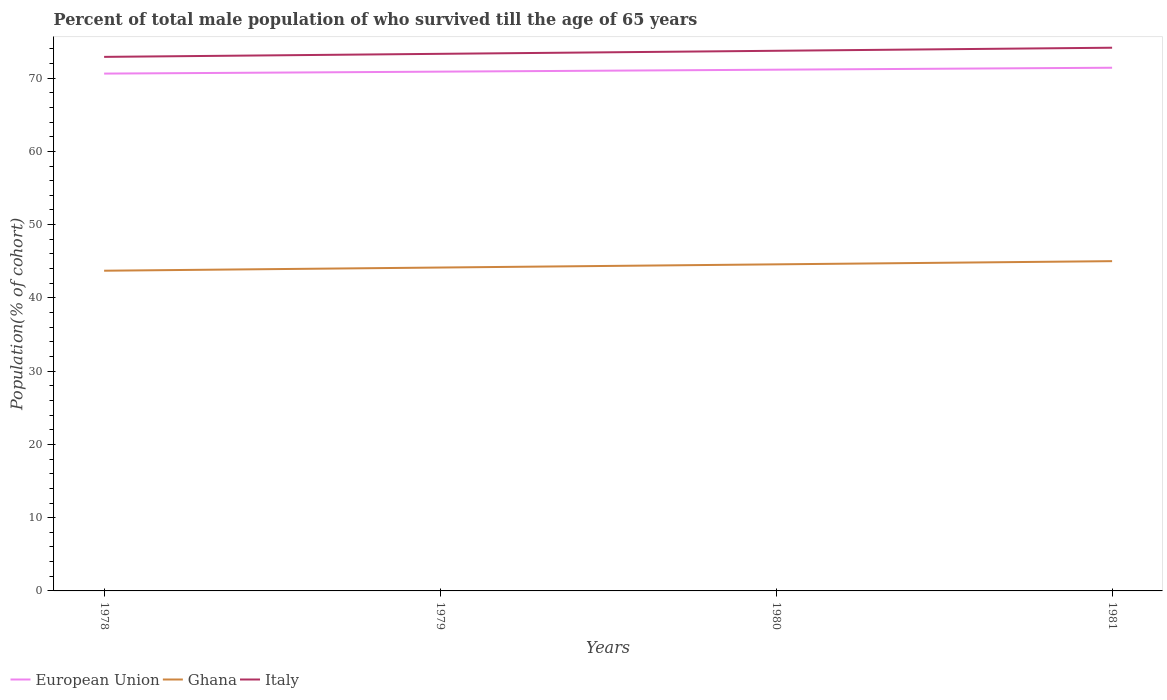
| Years | European Union | Ghana | Italy |
 | --- | --- | --- | --- |
 | 1978 | 70.6 | 43.7 | 72.9 |
 | 1979 | 70.9 | 44.1 | 73.3 |
 | 1980 | 71.2 | 44.6 | 73.7 |
 | 1981 | 71.4 | 45 | 74.2 |